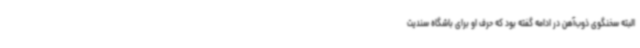
البته سخنگوی ذوب‌آهن در ادامه گفته بود که حرف او برای باشگاه سندیت